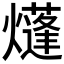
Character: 𤑫